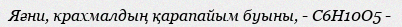
Яғни, крахмалдың қарапайым буыны, - C6H10O5 -